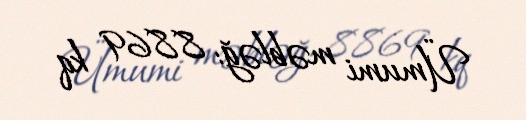
Ümumi məbləğ: 8869 kq